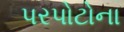
પરપોટોના